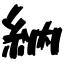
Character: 納